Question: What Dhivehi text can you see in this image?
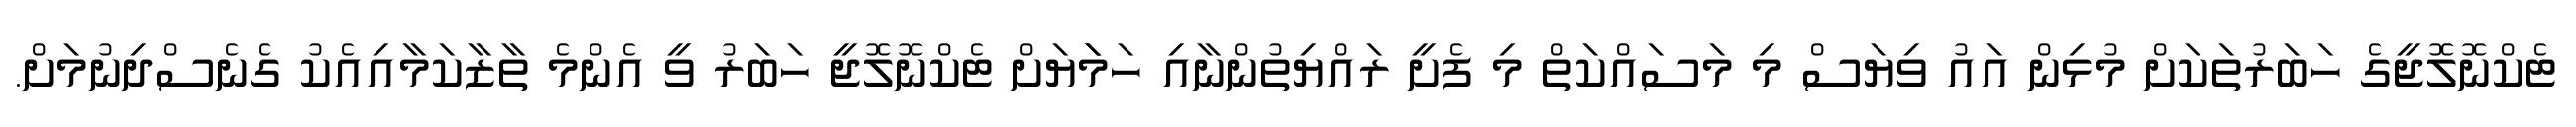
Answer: ޓެކްނޮލޮޖީގެ ހަބަރުތަކަށް މުޅިން އައު ވިޔަސް މި މަސައްކަތް މި ފެށީ ރައްޔިތުންނާއި ހަމަަޔަށް ޓެކްނޮލޮޖީ ހަބަރު ވީ އެންމެ ތާޒާކަމާއިއެކު ގެނެސްދިނުމަށް.